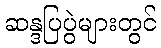
ဆန္ဒပြပွဲများတွင်